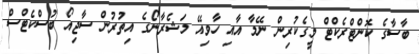
ބާސާގެ ކޮންޓްރެކްޓް މީގެކުރިން ނޭމާ އާއި ހާވިއޭ މަޝެރާނޯގެ އިތުރުން ސާޖިއޯ ބުސްކެޓްސް